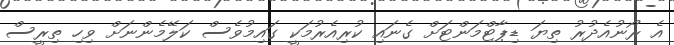
އެ ރޯނުއެދުރު ތިޔަ ޑިޕާޓްމަންޓަށް ގެނައި ކުރިއެރުމަކީ ގައިމުވެސް ކަލޭމެންނަށް ވިހި ތިރީސް